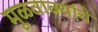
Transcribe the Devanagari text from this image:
मूळवाक्यांचे